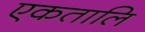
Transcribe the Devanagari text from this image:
एकतालि